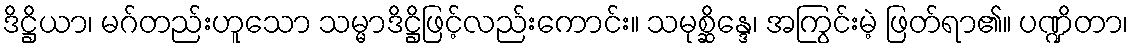
ဒိဋ္ဌိယာ၊ မဂ်တည်းဟူသော သမ္မာဒိဋ္ဌိဖြင့်လည်းကောင်း။ သမုစ္ဆိန္ဒေ၊ အကြွင်းမဲ့ ဖြတ်ရာ၏။ ပဏ္ဍိတာ၊